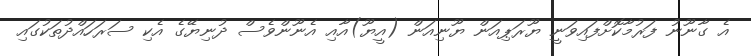
އެ ގާނޫނު ފަރުމާކޮށްފައިވަނީ ޔޫރަޕިއަން ޔޫނިއަން (އީޔޫ)އާއި އެނޫންވެސް ދުނިޔޭގެ އެކި ސަރަހައްދުތަކުގައި